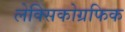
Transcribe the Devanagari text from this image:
लेक्सिकोग्रफिक